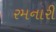
રમનારી